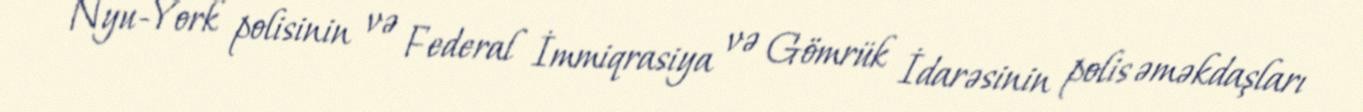
Nyu-York polisinin və Federal İmmiqrasiya və Gömrük İdarəsinin polis əməkdaşları